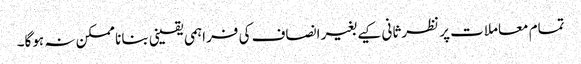
تمام معاملات پر نظرثانی کیے بغیر انصاف کی فراہمی یقینی بنانا ممکن نہ ہوگا۔